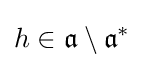
h\in {\mathfrak {a}}\setminus {\mathfrak {a}}^{*}